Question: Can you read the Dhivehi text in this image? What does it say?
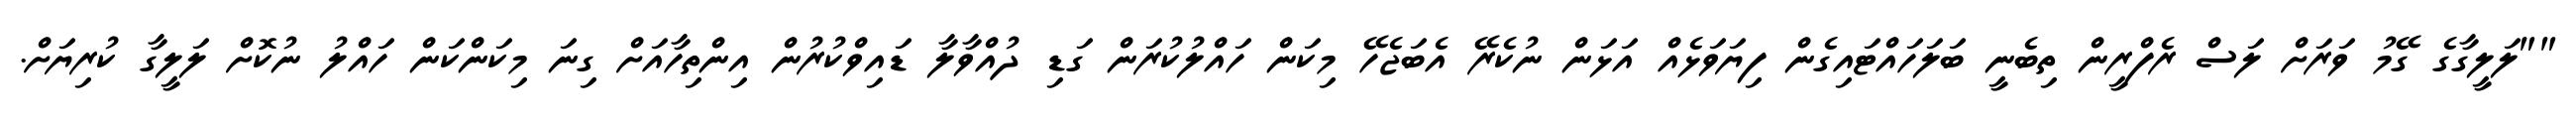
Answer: ""ލަލީގާގެ ގޭމު ވަރަށް ލަސް ރެފްރީން ތިބެނީ ބަލަހައްޓައިގެން ފިޔަވަޅެއް އަޅަން ނުކެރޭ އެބަޖެހޭ މިކަން ހައްލުކުރަން ގަޑި ދުއްވާލާ ޑައިވްކުރުން އިންތިހާއަށް ގިނަ މިކަންކަން ހައްލު ނުކޮށް ލަލީގާ ކުރިޔަށް.